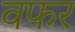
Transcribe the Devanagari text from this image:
वफर